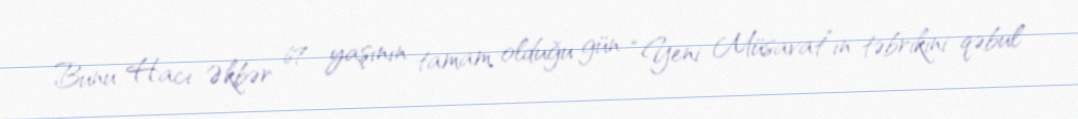
Bunu Hacı Əkbər 67 yaşının tamam olduğu gün “Yeni Müsavat”ın təbrikini qəbul